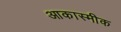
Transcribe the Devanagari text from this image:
आकास्मीक